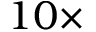
1 0 \times